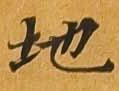
地